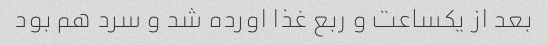
بعد از یکساعت و ربع غذا اورده شد و سرد هم بود